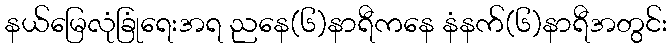
နယ်မြေလုံခြုံရေးအရ ညနေ(၆)နာရီကနေ နံနက်(၆)နာရီအတွင်း